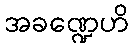
အခဏ္ဍေဟိ